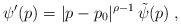
LaTeX: \begin{align*} \psi'(p) = | p - p_0 |^{\rho-1} \, \tilde{\psi}(p) \; ,\end{align*}